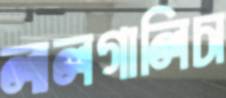
লালগালিচা